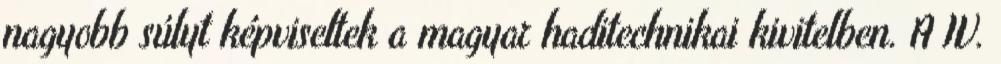
nagyobb súlyt képviseltek a magyar haditechnikai kivitelben. A IV.